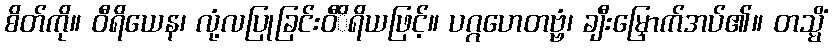
စိတ်ကို။ ဝီရိယေန၊ လုံ့လပြုခြင်းဝီိရိယဖြင့်။ ပဂ္ဂဟေတဗ္ဗံ၊ ချီးမြှောက်အပ်၏။ တသ္မိံ